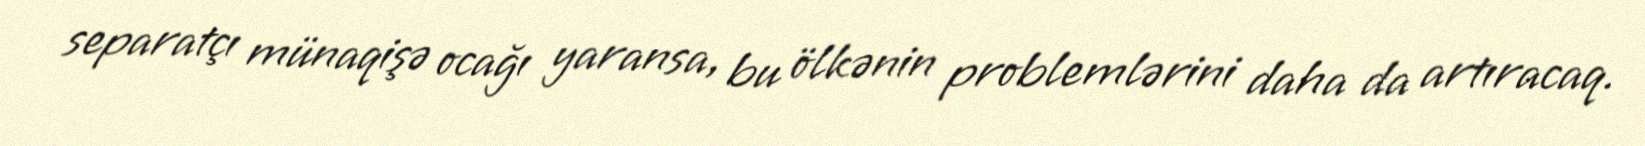
separatçı münaqişə ocağı yaransa, bu ölkənin problemlərini daha da artıracaq.